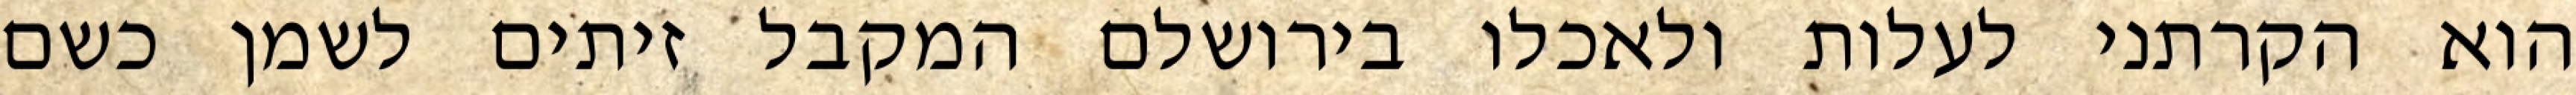
הוא הקרתני לעלות ולאכלו בירושלם המקבל זיתים לשמן כשם